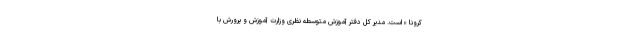
کرونا » است. مدیر کل دفتر آموزش متوسطه نظری وزارت آموزش و پرورش با